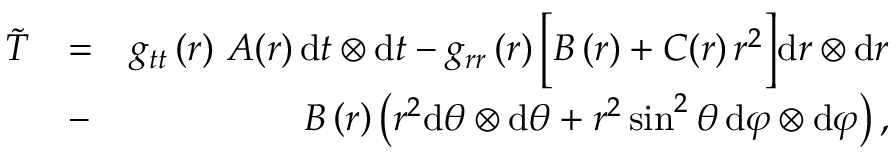
\begin{array} { r l r } { \widetilde { T } } & { = } & { g _ { t t } \left( r \right) \, A ( r ) \, \mathrm { d } t \otimes \mathrm { d } t - g _ { r r } \left( r \right) \bigg [ B \left( r \right) + C ( r ) \, r ^ { 2 } \bigg ] \mathrm { d } r \otimes \mathrm { d } r } \\ & { - } & { \, B \left( r \right) \left( r ^ { 2 } \mathrm { d } \theta \otimes \mathrm { d } \theta + r ^ { 2 } \sin ^ { 2 } \theta \, \mathrm { d } \varphi \otimes \mathrm { d } \varphi \right) , } \end{array}